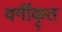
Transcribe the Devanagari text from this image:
वर्गीकृ्त